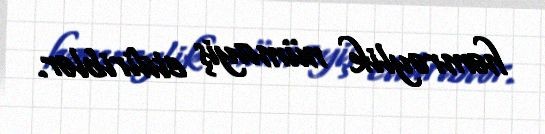
həmrəylik nümayiş etdiriblər.